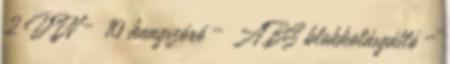
2 DIN – 10 hangszóró – ABS blokkolásgátló –